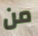
من